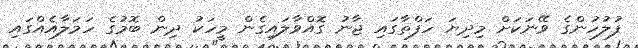
ފުލުހުންގެ ވޭނަކަށް މިދިޔަ ހަފްތާގައި ޖާނު ގޮއްވާލައިގެން މީހަކު ދިން ބޮމުގެ ހަމަލާއެއްގައި